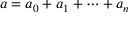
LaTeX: a = a _ { 0 } + a _ { 1 } + \cdots + a _ { n }